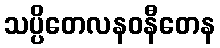
သပ္ပိတေလနဝနီတေန